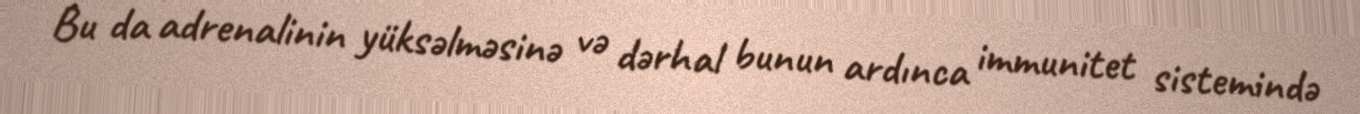
Bu da adrenalinin yüksəlməsinə və dərhal bunun ardınca immunitet sistemində